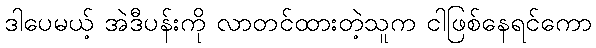
ဒါပေမယ့် အဲဒီပန်းကို လာတင်ထားတဲ့သူက ငါဖြစ်နေရင်ကော